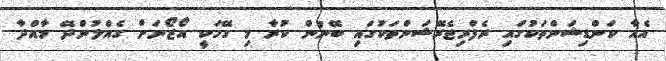
އެއާ ކަންޑިޝަންތަކުގައި ރެފްރިޖެރޭޝަންތަކުގައި ބޭނުން ކުރާ މި ގޭހަކީ އޯޒޯނަށް ގެއްލުންދޭ މާއްދާ